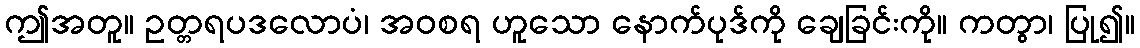
ဤအတူ။ ဥတ္တရပဒလောပံ၊ အဝစရ ဟူသော နောက်ပုဒ်ကို ချေခြင်းကို။ ကတွာ၊ ပြု၍။